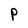
Character: P